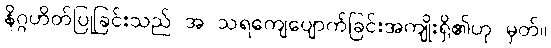
နိဂ္ဂဟိတ်ပြုခြင်းသည် အ သရကျေပျောက်ခြင်းအကျိုးရှိ၏ဟု မှတ်။